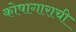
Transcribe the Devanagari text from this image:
कोषागाराची